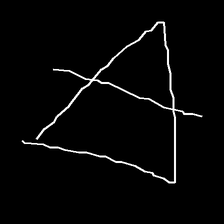
Glyph: empower